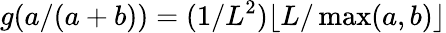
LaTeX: g(a/(a+b))=(1/L^{2})\lfloor L/\operatorname*{max}(a,b)\rfloor